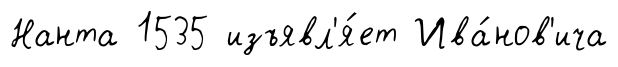
Нанта 1535 изъявл'я́ет Ива́нов'ича